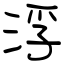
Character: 浮